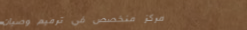
مركز متخصص في ترميم وصيان